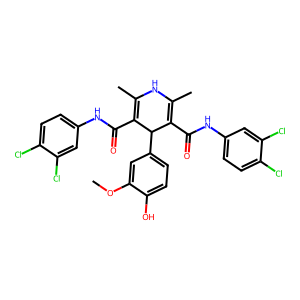
SMILES: COc1cc(C2C(C(=O)Nc3ccc(Cl)c(Cl)c3)=C(C)NC(C)=C2C(=O)Nc2ccc(Cl)c(Cl)c2)ccc1O
Inhibits HIV replication: No